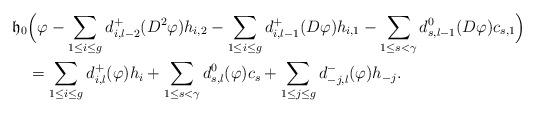
LaTeX: \begin{align*}\mathfrak{h}_{0}&\Big(\varphi-\sum_{1\leq i\leq g}d^+_{i,l-2}(D^2\varphi)h_{i,2}-\sum_{1\leq i\leq g}d^+_{i,l-1}(D\varphi)h_{i,1}-\sum_{1\leq s<\gamma}d^0_{s,l-1}(D\varphi)c_{s,1}\Big)\\& = \sum_{1\leq i\leq g}d^+_{i,l}(\varphi)h_i+\sum_{1\leq s<\gamma}d^0_{s,l}(\varphi)c_s+\sum_{1\leq j\leq g}d^-_{-j,l}(\varphi)h_{-j}.\end{align*}